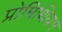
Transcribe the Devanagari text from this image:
प्रोमिथियम